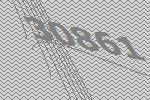
30861